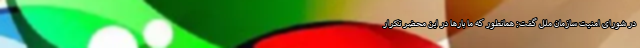
در شورای امنیت سازمان ملل گفت: همانطور که ما بارها در این محضر تکرار